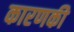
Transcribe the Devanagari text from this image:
कारणकी